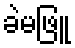
ခဲမဖြူ